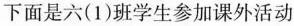
下面是六(1)班学生参加课外活动